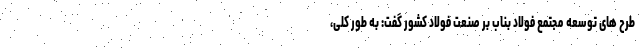
طرح های توسعه مجتمع فولاد بناب بر صنعت فولاد کشور گفت: به طور کلی،